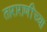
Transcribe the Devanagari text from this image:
ताराराणींच्या